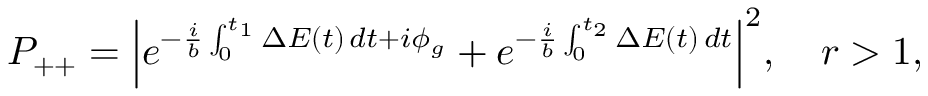
P _ { + + } = \Big \vert e ^ { - \frac { i } { b } \int _ { 0 } ^ { t _ { 1 } } \Delta E ( t ) \, d t + i \phi _ { g } } + e ^ { - \frac { i } { b } \int _ { 0 } ^ { t _ { 2 } } \Delta E ( t ) \, d t } \Big \vert ^ { 2 } , \quad r > 1 ,